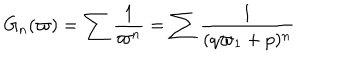
G _ { n } ( \varpi ) = \sum \frac { 1 } { \varpi ^ { n } } = \sum \frac { 1 } { ( q \varpi _ { 1 } + p ) ^ { n } }